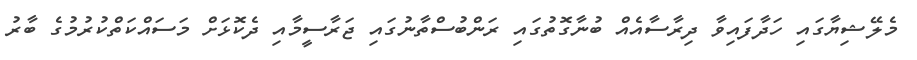
މެލޭޝިޔާގައި ހަދާފައިވާ ދިރާސާއެއް ބުނާގޮތުގައި ރަންބުސްތާނުގައި ޖަރާސީމާއި ދެކޮޅަށް މަސައްކަތްކުރުމުގެ ބާރު